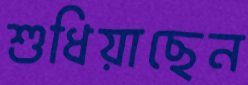
শুধিয়াছেন